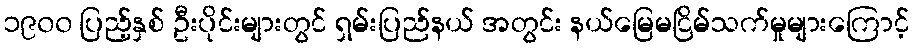
၁၉၀၀ ပြည့်နှစ် ဦးပိုင်းများတွင် ရှမ်းပြည်နယ် အတွင်း နယ်မြေမငြိမ်သက်မှုများကြောင့်